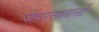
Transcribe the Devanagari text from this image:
जैवरसायनों